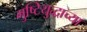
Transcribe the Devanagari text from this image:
मुष्टियुद्धाच्या